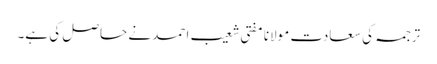
ترجمہ کی سعادت مولانا مفتی شعیب احمد نے حاصل کی ہے۔